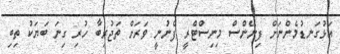
އަޅުގަނޑުމެންނަށް ފިނޭންސް މިނިސްޓްރީ ފެނުނީ ވަރަށް ތަޖުރިބާ ހުރި ގިނަ ބަޔަކު ތިބި